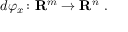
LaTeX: d \varphi _ { x } \colon \mathbf { R } ^ { m } \to \mathbf { R } ^ { n } \ .